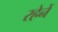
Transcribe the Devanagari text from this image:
रहेनें